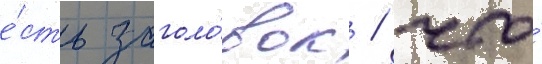
е́сть заголо́вок / что́